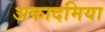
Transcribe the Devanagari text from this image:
अकादमिया